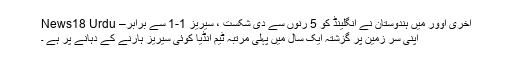
آخری اوور میں ہندوستان نے انگلینڈ کو 5 رنوں سے دی شکست ، سیریز 1-1 سے برابر– News18 Urdu
اپنی سر زمین پر گزشتہ ایک سال میں پہلی مرتبہ ٹیم انڈیا کوئی سیریز ہارنے کے دہانے پر ہے ۔